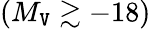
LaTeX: (M_{\mathtt{V}}\gtrsim-18)